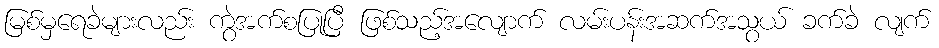
မြစ်မှရေခဲများလည်း ကွဲအက်စပြုပြီ ဖြစ်သည့်အလျောက် လမ်းပန်းအဆက်အသွယ် ခက်ခဲ လျက်